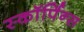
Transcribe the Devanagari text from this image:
स्कॉर्पिन्स